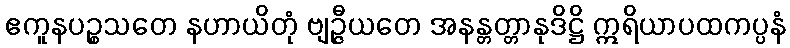
ဧကူနပဉ္စသတေ နဟာယိတုံ ဗျဉ္ဇီယတေ အနန္တတ္တာနုဒိဋ္ဌိ ဣရိယာပထကပ္ပနံ